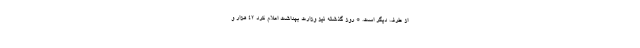
از طرف دیگر است. * روز گذشته نیز وزارت بهداشت اعلام کرد ۴۲ هزار و